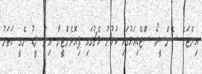
އިންޓަގެ ސެންސީރޯ ސްޓޭޑިއަމުގައި ކުޅުނު މެޗުގައި ފިއޮރެންޓީނާ އިން ލީޑު ނެގީ ހަތަރު